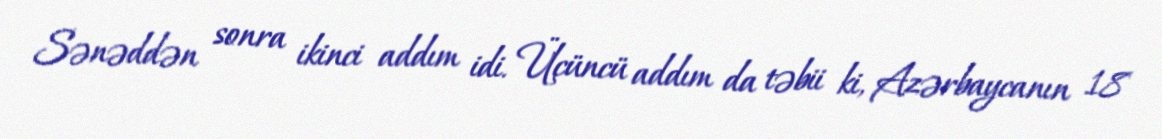
Sənəddən sonra ikinci addım idi. Üçüncü addım da təbii ki, Azərbaycanın 18